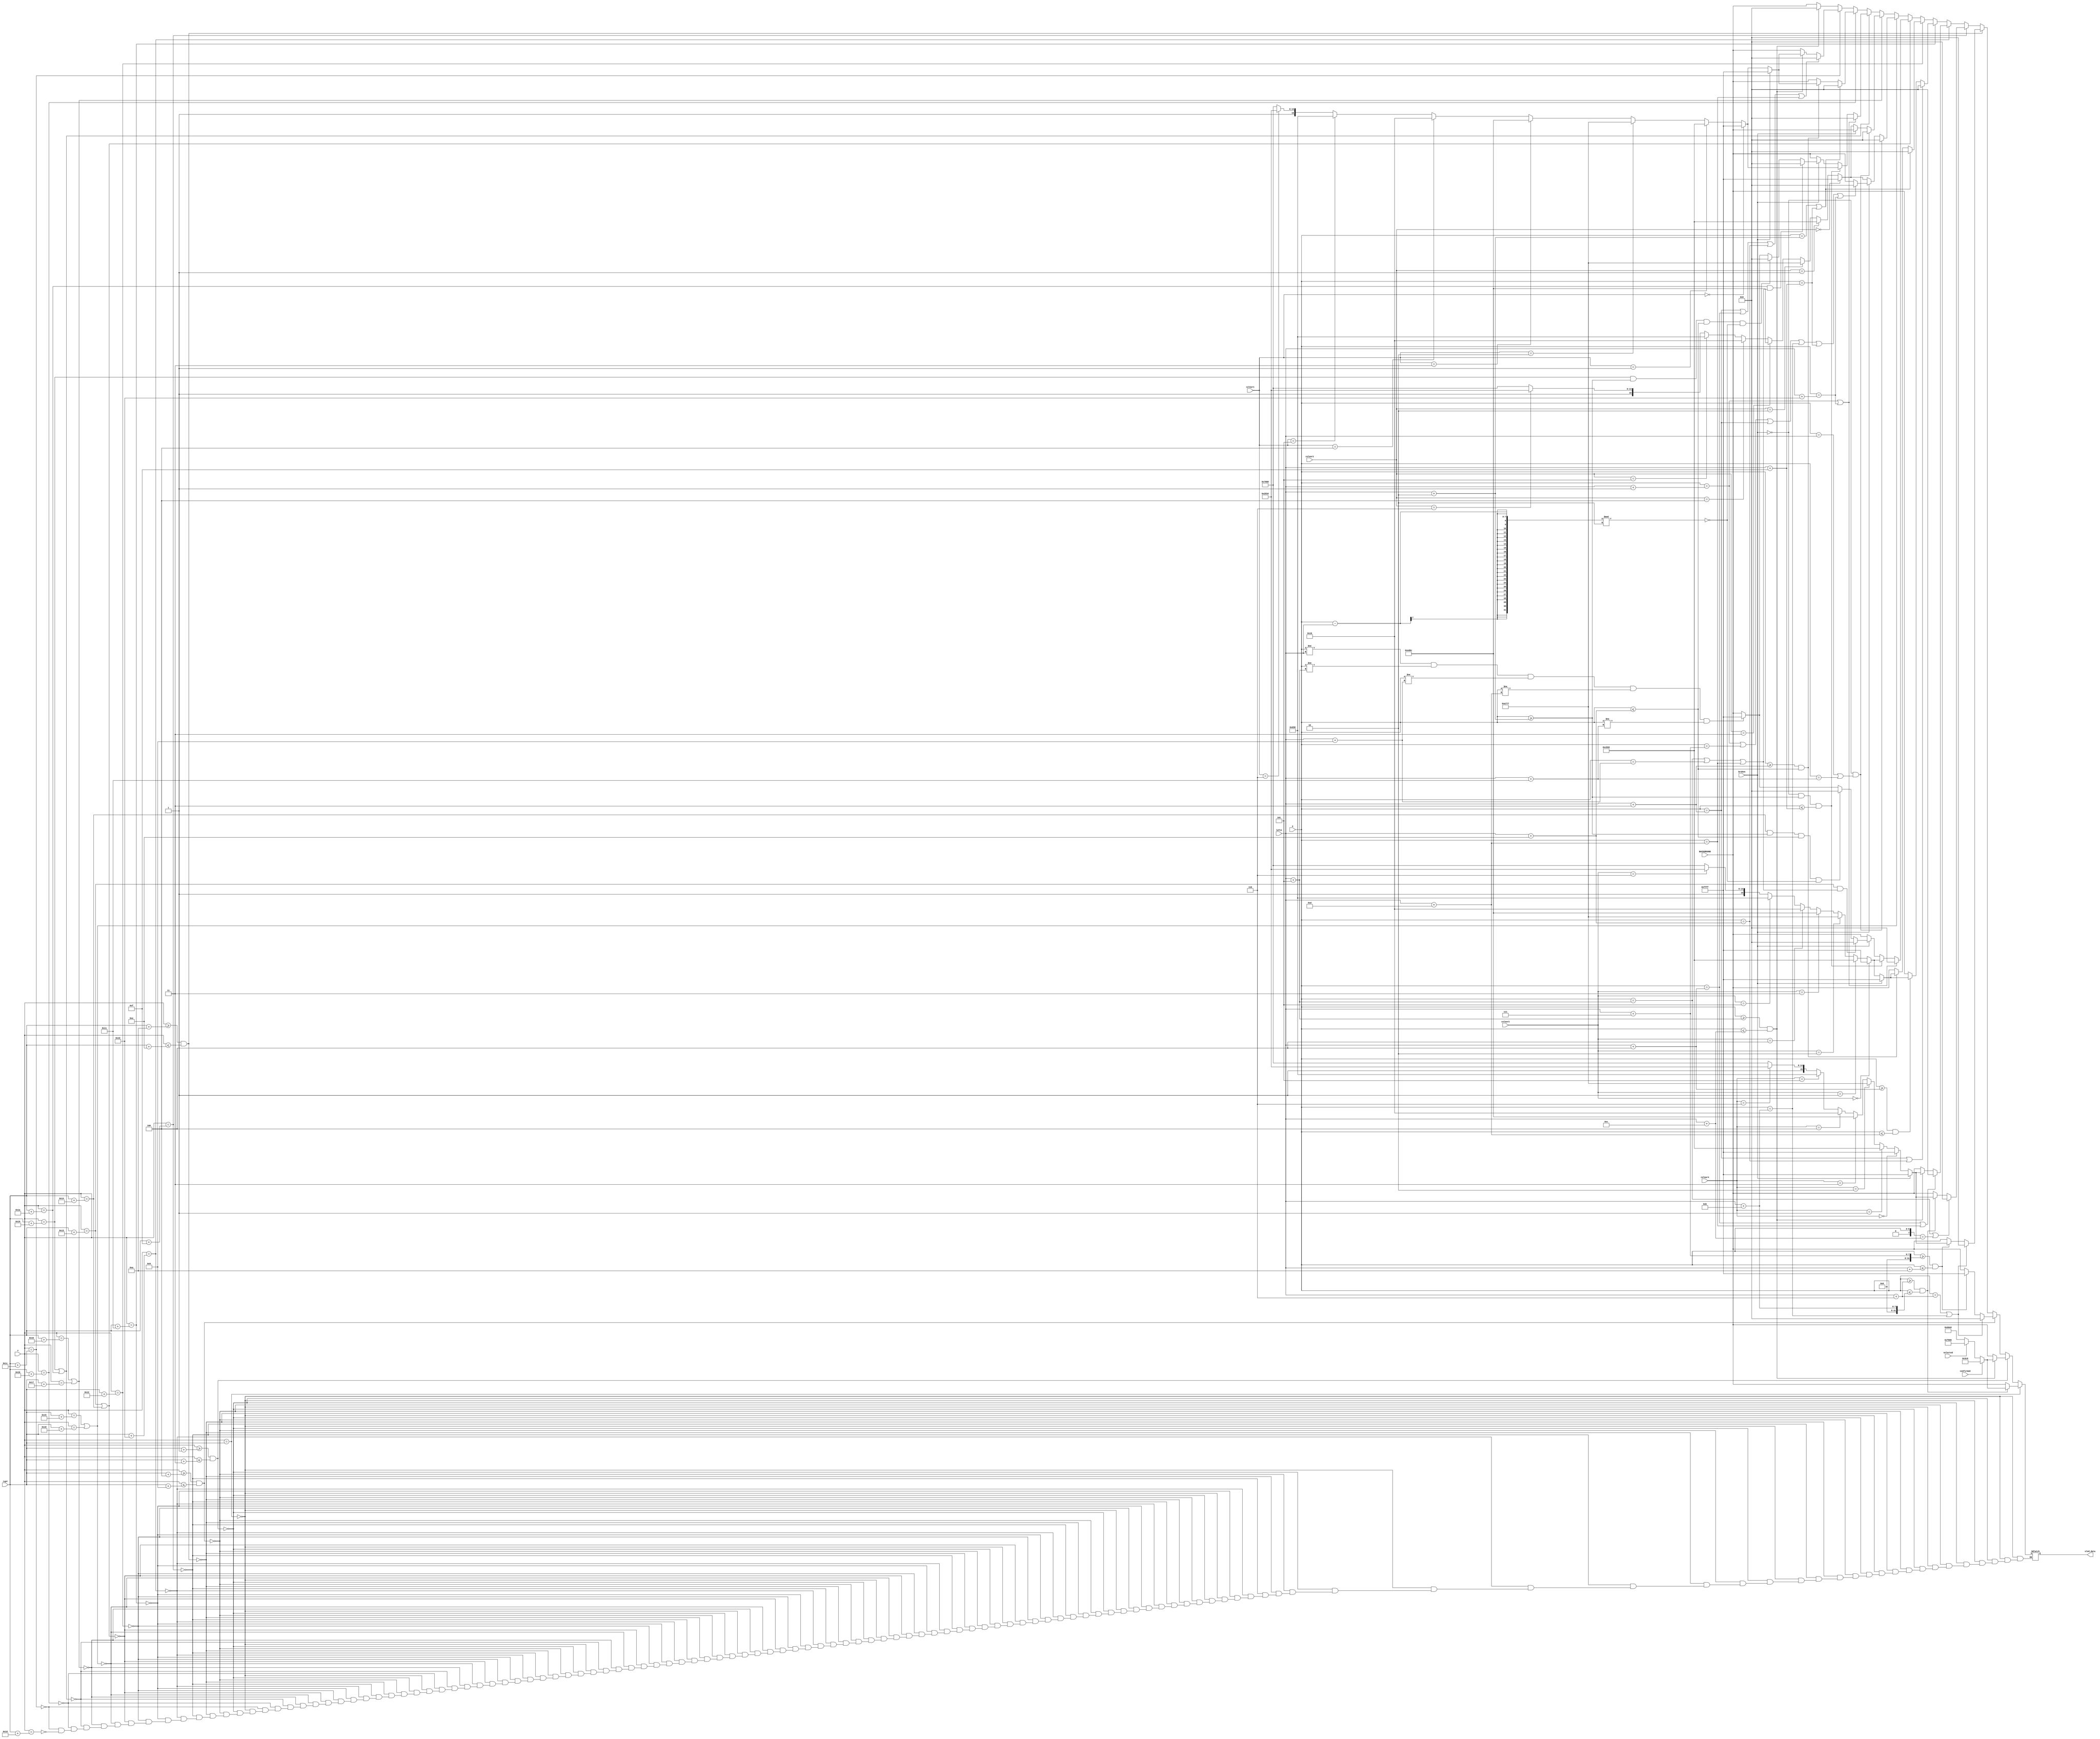
module Boiler(
    input[6:0] X, 
    input [5:0] Y, 
    input [6:0] leftX,  
    input [5:0] topY, 
    input [15:0] BACKGROUND,
    output reg [15:0] oled_data = 16'b0,
    input selected,
    input confirmed,
    input [2:0] colour1,
    input [2:0] colour2,
    input [2:0] colour3,
    input [2:0] colour4,
    input broken
    );
    
    parameter [15:0] WHITE = 16'b11111_111111_11111; //000
    parameter [15:0] PINK = 16'b11001_011100_10010;  //001
    parameter [15:0] LIGHTGREEN = 16'b10100_111011_10111; //010
    parameter [15:0] ORANGE = 16'b11101_101011_01100; //011
    parameter [15:0] BLUE = 16'b00000_000000_10110;   //100
    parameter [15:0] LIGHTBLUE = 16'b00000_110100_111000;//101
    parameter [15:0] LIGHTGREY = 16'b10100_101001_10100; //110
    parameter [15:0] DARKGREY = 16'b01010_010101_01011; 
    parameter [15:0] RED = 16'b11111_000000_00000;
    parameter [15:0] BROWN = 16'b01100_000111_00000;
    parameter [15:0] BLACK = 16'd0;
    parameter [15:0] GREEN = 16'b00000_011110_00000;
    
    reg [15:0] FIRST_COLOUR = WHITE;
    reg [15:0] SECOND_COLOUR = WHITE;
    reg [15:0] THIRD_COLOUR = WHITE;
    reg [15:0] FOURTH_COLOUR = WHITE;
    reg [15:0] CAP_COLOUR = WHITE;
    
    always @(selected or confirmed) begin
        CAP_COLOUR = confirmed ? GREEN:
                     selected ? RED : BROWN;
    end
    
    always @(colour1) begin
        FIRST_COLOUR = (colour1 == 3'b000)? WHITE:
                       (colour1 == 3'b001) ? PINK:
                       (colour1 == 3'b010) ? LIGHTGREEN:
                       (colour1 == 3'b011) ? ORANGE:
                       (colour1 == 3'b100) ? BLUE:
                       (colour1 == 3'b101) ? LIGHTBLUE:
                       (colour1 == 3'b110) ? LIGHTGREY: RED; //By right should not see red, unless got unexpected noise   
    end
    
    always @(colour2) begin
        SECOND_COLOUR = (colour2 == 3'b000)? WHITE:
                   (colour2 == 3'b001) ? PINK:
                   (colour2 == 3'b010) ? LIGHTGREEN:
                   (colour2 == 3'b011) ? ORANGE:
                   (colour2 == 3'b100) ? BLUE:
                   (colour2 == 3'b101) ? LIGHTBLUE:
                   (colour2 == 3'b110) ? LIGHTGREY: RED;    
    end
    
    always @(colour3) begin
        THIRD_COLOUR = (colour3 == 3'b000)? WHITE:
                   (colour3 == 3'b001) ? PINK:
                   (colour3 == 3'b010) ? LIGHTGREEN:
                   (colour3 == 3'b011) ? ORANGE:
                   (colour3 == 3'b100) ? BLUE:
                   (colour3 == 3'b101) ? LIGHTBLUE:
                   (colour3 == 3'b110) ? LIGHTGREY: RED;       
    end
    
    always @(colour4) begin
        FOURTH_COLOUR = (colour4 == 3'b000)? WHITE:
                   (colour4 == 3'b001) ? PINK:
                   (colour4 == 3'b010) ? LIGHTGREEN:
                   (colour4 == 3'b011) ? ORANGE:
                   (colour4 == 3'b100) ? BLUE:
                   (colour4 == 3'b101) ? LIGHTBLUE:
                   (colour4 == 3'b110) ? LIGHTGREY: RED;      
    end
    
    always @(X or Y) begin
        if (Y == topY) begin
            if (X >= leftX +6 && X <= leftX + 11) oled_data = CAP_COLOUR;
            else oled_data = BACKGROUND;
        end else if (Y >= topY + 1 && Y <= topY + 3) begin
            if (X >= leftX + 5 && X <= leftX + 12) oled_data = CAP_COLOUR;
            else oled_data = BACKGROUND;
        end else if (Y >= topY + 4 && Y <= topY + 9) begin
            if (X == leftX + 6 || X == leftX + 11) oled_data = BLACK;
            else if (X >= leftX + 7 && X <= leftX + 10) oled_data = WHITE;
            else oled_data = BACKGROUND;
        end else if (Y >= topY + 10 && Y <= topY + 14) begin
            if (X == leftX + 6 || X == leftX + 11) oled_data = BLACK;
            else if (X >= leftX + 7 && X <= leftX + 10) oled_data = broken ? WHITE : FOURTH_COLOUR;
            else oled_data =BACKGROUND;
        end else if (Y == topY + 15) begin
            if (X == leftX + 5 || X == leftX + 12) oled_data = BLACK;
            else if (X >= leftX + 6 && X <= leftX + 11)oled_data = broken ? WHITE : FOURTH_COLOUR;        
            else oled_data = BACKGROUND;
        end else if (Y == topY + 16) begin
            if (X == leftX + 4 || X == leftX + 13) oled_data = BLACK;
            else if (X >= leftX + 5 && X <= leftX + 12)oled_data = broken ? WHITE : FOURTH_COLOUR;
            else oled_data = BACKGROUND;
        end else if (Y == topY + 17) begin
            if (X == leftX + 3 || X == leftX + 14) oled_data = BLACK;
            else if (X >= leftX + 4 && X <= leftX + 13)oled_data = broken ? WHITE : THIRD_COLOUR;
            else oled_data = BACKGROUND;
        end else if (Y == topY + 18) begin
            if (X == leftX + 2 || X == leftX + 15) oled_data = BLACK;
            else if (X >= leftX + 3 && X <= leftX + 14)oled_data = broken ? WHITE : THIRD_COLOUR; 
            else oled_data = BACKGROUND;
        end else if (Y == topY + 19 || Y == topY + 20) begin
            if (X == leftX + 1 || X == leftX + 16) oled_data = BLACK;  
            else if (broken == 0 && X >= leftX + 2 && X <= leftX + 15)oled_data = THIRD_COLOUR;      
            else if (broken == 0) oled_data = BACKGROUND;
            else if (Y == topY+19 && (X==leftX+5||X==leftX+9||X==leftX+13)) oled_data = BLACK;
            else if (Y==topY+20 && X >= leftX + 2&&X <= leftX + 14 && (X-leftX)%2 == 0) oled_data = BLACK;
            else if (X != leftX && X != leftX + 5 && X != leftX + 9 && X != leftX + 13 && X != leftX + 17) oled_data = WHITE;
            else oled_data = BACKGROUND;
        end else if (Y == topY + 21 || Y == topY + 24) begin
            if (broken == 0 && (X == leftX || X == leftX +17)) oled_data = BLACK;
            else if (broken == 0)oled_data = SECOND_COLOUR; 
            else if (X==leftX+1||X==leftX+7||X==leftX+3||X==leftX+11||X==leftX+15||X==leftX+16) oled_data = BLACK;
            else oled_data = BACKGROUND;
        end else if (Y == topY + 22 || Y == topY + 23) begin
            if (broken == 0 && (X == leftX || X == leftX +17)) oled_data = BLACK;
            else if (broken == 0)oled_data = SECOND_COLOUR; 
            else oled_data = BACKGROUND;
        end else if (Y ==topY + 25 || Y == topY + 26) begin
            if (X == leftX + 1 || X == leftX + 16) oled_data = BLACK;
            else if (broken == 0 && X >= leftX + 2 && X <= leftX + 15)oled_data = FIRST_COLOUR;  
            else if (broken == 0) oled_data = BACKGROUND;
            else if (Y == topY+26 && (X==leftX+5||X==leftX+9||X==leftX+13)) oled_data = BLACK;
            else if (Y==topY+25 && X >= leftX + 2 && X <= leftX + 14 && (X-leftX)%2 == 0) oled_data = BLACK;
            else if (X != leftX && X != leftX + 5 && X != leftX + 9 && X != leftX + 13 && X != leftX + 17) oled_data = WHITE;
            else oled_data = BACKGROUND;
        end else if (Y == topY + 27) begin
            if (X == leftX + 2 || X == leftX + 15) oled_data = BLACK;
            else if (X >= leftX + 3 && X <= leftX + 14)oled_data = broken ? WHITE : FIRST_COLOUR;  
            else oled_data = BACKGROUND;
        end else if (Y == topY + 28) begin
            if (X == leftX + 3 || X == leftX + 4 || X == leftX + 14 || X == leftX + 13) oled_data = BLACK;
            else if (X >= leftX + 5 && X <= leftX + 12)oled_data = broken ? WHITE : FIRST_COLOUR;  
            else oled_data = BACKGROUND;
        end else if (Y == topY + 29) begin
            if (X >= leftX + 5 && X <= leftX + 12) oled_data = BLACK;
            else oled_data = BACKGROUND;
        end
    end
    
endmodule